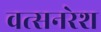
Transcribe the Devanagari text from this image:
वत्सनरेश